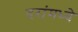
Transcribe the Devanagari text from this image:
दरांमध्ये